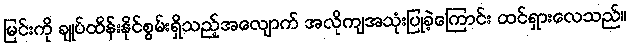
မြင်းကို ချုပ်ထိန်းနိုင်စွမ်းရှိသည့်အလျောက် အလိုကျအသုံးပြုခဲ့ကြောင်း ထင်ရှားလေသည်။